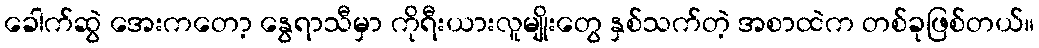
ခေါက်ဆွဲ အေးကတော့ နွေရာသီမှာ ကိုရီးယားလူမျိုးတွေ နှစ်သက်တဲ့ အစာထဲက တစ်ခုဖြစ်တယ်။